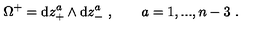
\Omega ^ { + } = \mathrm { d } z _ { + } ^ { a } \wedge \mathrm { d } z _ { - } ^ { a } \ , \qquad a = 1 , . . . , n - 3 \ .